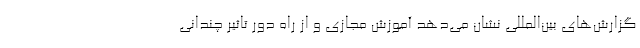
گزارش‌های بین‌المللی نشان می‌دهد آموزش مجازی و از راه دور تاثیر چندانی